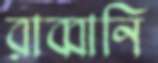
রাব্বানি